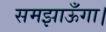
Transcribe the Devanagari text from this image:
समझाऊँगा।